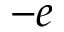
- e